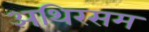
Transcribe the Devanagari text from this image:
अथिरसम